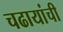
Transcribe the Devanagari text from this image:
चढायांची